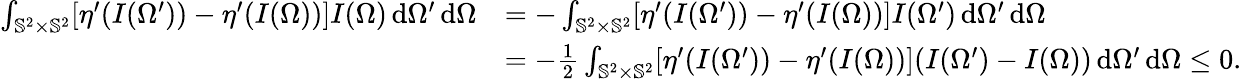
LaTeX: \begin{array}{rl}{\int_{\mathbb{S}^{2}\times\mathbb{S}^{2}}[\eta^{\prime}(I(\Omega^{\prime}))-\eta^{\prime}(I(\Omega))]I(\Omega)\, \mathrm{d}\Omega^{\prime}\, \mathrm{d}\Omega}&{=-\int_{\mathbb{S}^{2}\times\mathbb{S}^{2}}[\eta^{\prime}(I(\Omega^{\prime}))-\eta^{\prime}(I(\Omega))]I(\Omega^{\prime})\, \mathrm{d}\Omega^{\prime}\, \mathrm{d}\Omega}\\ &{=-\frac{1}{2}\int_{\mathbb{S}^{2}\times\mathbb{S}^{2}}[\eta^{\prime}(I(\Omega^{\prime}))-\eta^{\prime}(I(\Omega))](I(\Omega^{\prime})-I(\Omega))\, \mathrm{d}\Omega^{\prime}\, \mathrm{d}\Omega\le 0.}\end{array}